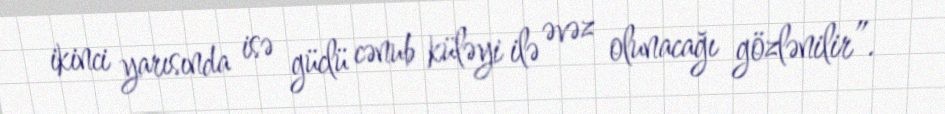
ikinci yarısında isə güclü cənub küləyi ilə əvəz olunacağı gözlənilir”.